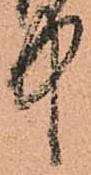
中